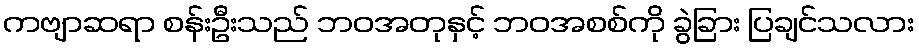
ကဗျာဆရာ စန်းဦးသည် ဘဝအတုနှင့် ဘဝအစစ်ကို ခွဲခြား ပြချင်သလား